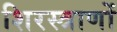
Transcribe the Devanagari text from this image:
शिरस्त्राणों